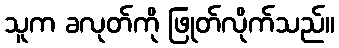
သူက ခလုတ်ကို ဖြုတ်လိုက်သည်။